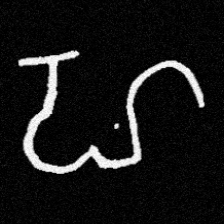
Pyu character \u2014 Myanmar letter: ဟ (romanized: ha)